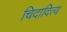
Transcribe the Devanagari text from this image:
चिदादित्य